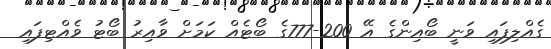
ގެއްލިފައިި ވަނީ ބޯއިންގެ އޭ 200-777ގެ ބޯޓެއް ކަމަށް ވާއިރު ބޯޓު ވެއްޓިފައި